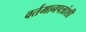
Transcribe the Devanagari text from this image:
वर्तमानपत्रांशी